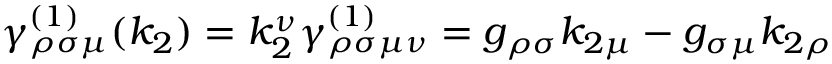
\gamma _ { \rho \sigma \mu } ^ { ( 1 ) } ( k _ { 2 } ) = k _ { 2 } ^ { \nu } \gamma _ { \rho \sigma \mu \nu } ^ { ( 1 ) } = g _ { \rho \sigma } k _ { 2 \mu } - g _ { \sigma \mu } k _ { 2 \rho }